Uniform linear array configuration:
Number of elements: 4
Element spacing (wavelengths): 0.75
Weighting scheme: blackman
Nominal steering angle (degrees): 0
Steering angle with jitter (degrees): -1.599
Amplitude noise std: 0.05
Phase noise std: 0.05

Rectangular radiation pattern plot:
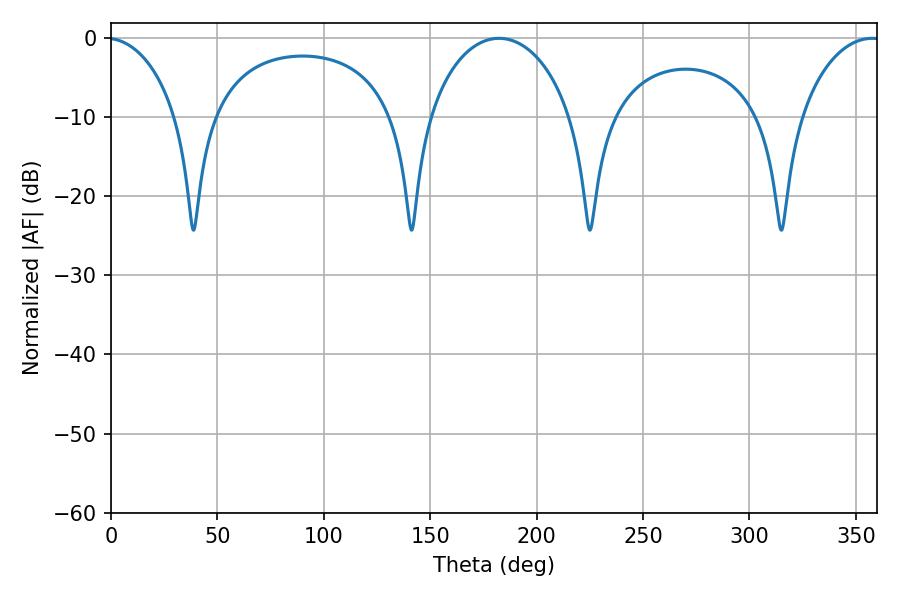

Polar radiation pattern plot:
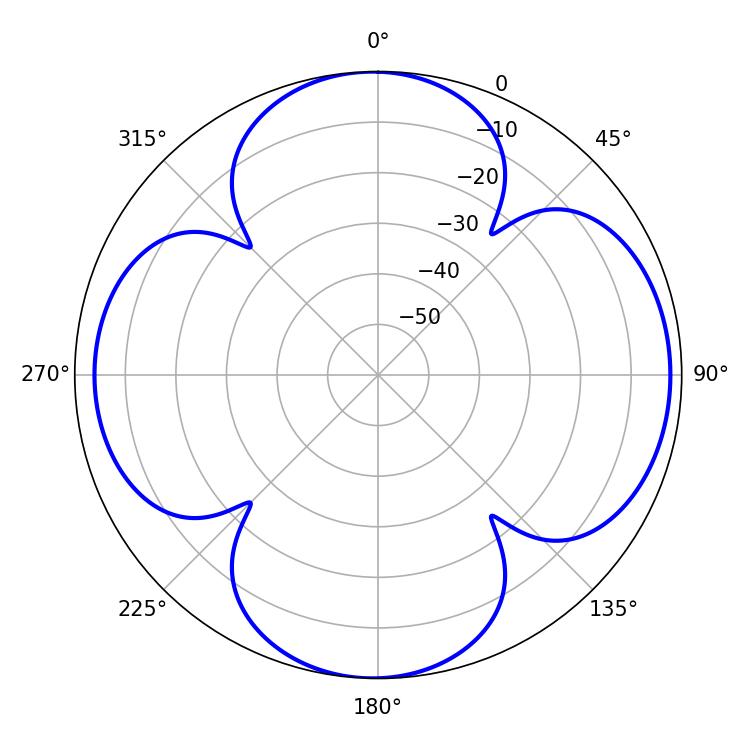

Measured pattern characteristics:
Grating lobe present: TRUE
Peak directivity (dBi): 10.764
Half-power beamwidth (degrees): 21.96
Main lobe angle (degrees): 357.66